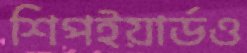
শিপইয়ার্ডও